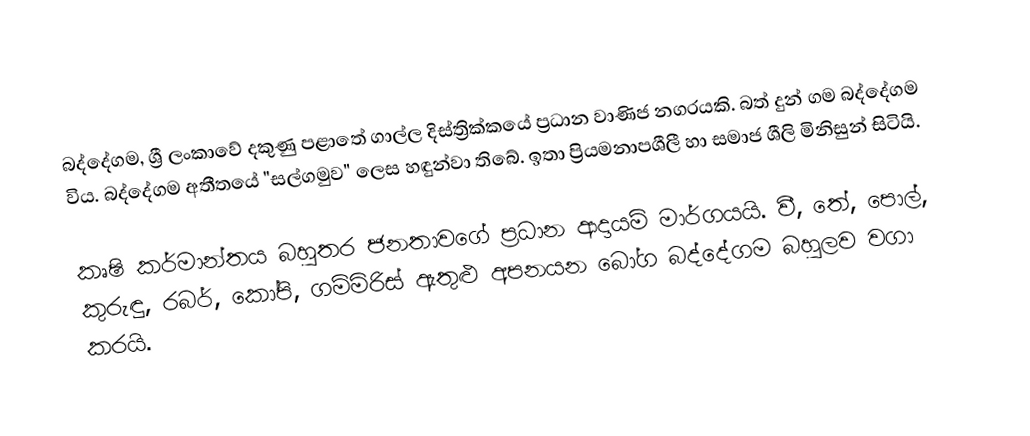
බද්දේගම, ශ්‍රී ලංකාවේ දකුණු පළාතේ ගාල්ල දිස්ත්‍රික්කයේ ප්‍රධාන වාණිජ නගරයකි. බත් දුන් ගම බද්දේගම විය. බද්දේගම අතීතයේ "සල්ගමුව" ලෙස හඳුන්වා තිබේ. ඉතා ප්‍රියමනාපශීලී හා සමාජ ශීලි මිනිසුන් සිටියි.

කෘෂි කර්මාන්තය බහුතර ජනතාව⁣ගේ ප්‍රධාන ආදායම් මාර්ගයයි. වී, තේ, පොල්, කුරුඳු, රබර්, කෝපි, ගම්මිරිස් ඇතුළු අපනයන බෝග බද්දේගම බහුලව වගා කරයි.